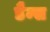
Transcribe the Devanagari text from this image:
डैम्स